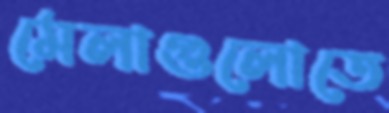
মেলাগুলোতে